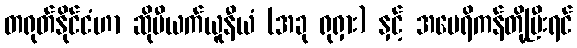
တရုတ်နိုင်ငံဟာ ဆိုဗီယက်ယူနီယံ (အခု ရုရှား) နှင့် အမေရိကန်တို့ပြီးရင်